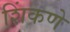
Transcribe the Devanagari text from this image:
शिंकणे